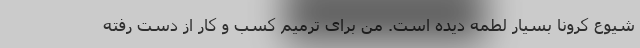
شیوع کرونا بسیار لطمه دیده است. من برای ترمیم کسب و کار از دست رفته